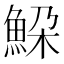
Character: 𩶹